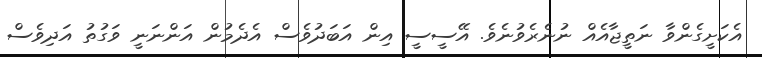
އެކަށީގެންވާ ނަތީޖާއެއް ނުނެރެވުނެވެ. އޭސީސީ އިން އަބަދުވެސް އެދެމުން އަންނަނީ ވަގުތު އަދިވެސް